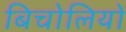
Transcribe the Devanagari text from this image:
बिचोलियों